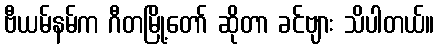
ဗီယမ်နမ်က ဂီတမြို့တော် ဆိုတာ ခင်ဗျား သိပါတယ်။